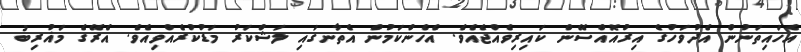
އެހައިތަނުން އެދުވަހުގެ އިރުއޮއްސޭން ކައިރިވެއްޖެއެވެ. އެހެންކަމުން އެތާނގައި ލަޝްކަރު މަޑުކުރެއްވިއެވެ. އެރޭގެ މަޣުރިބު